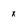
Character: x